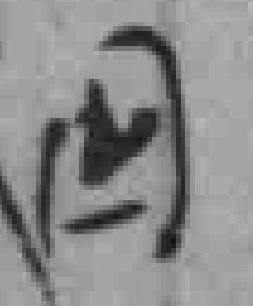
四